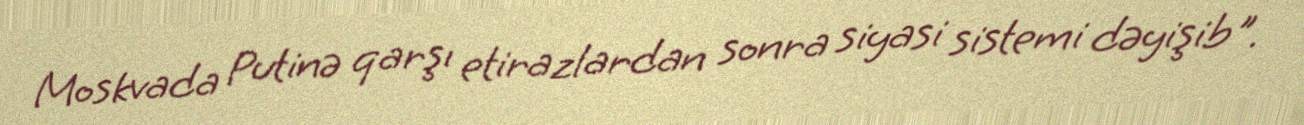
Moskvada Putinə qarşı etirazlardan sonra siyasi sistemi dəyişib".